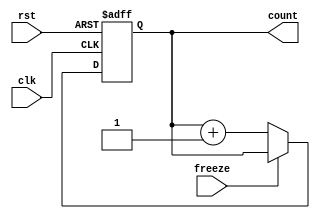
`timescale 1ns / 1ps
//////////////////////////////////////////////////////////////////////////////////
// Company: 
// Engineer: 
// 
// Design Name: 
// Module Name: custom_counter
// Project Name: 
// Target Devices: 
// Tool Versions: 
// Description: 
// 
// Dependencies: 
// 
// Revision:
// Revision 0.01 - File Created
// Additional Comments:
// 
//////////////////////////////////////////////////////////////////////////////////


module custom_counter#(parameter N=32)(input clk, input rst, input freeze,
                                output [N-1:0] count);
  reg [N-1:0] present_count;
  reg [N-1:0] next_count;
  
  always@*begin
    next_count = present_count+1'b1;
  end
  
  always@(posedge clk or negedge rst)begin
    if(~rst)begin
      present_count <= 'b1;
    end
    else if(~freeze) begin
      present_count <= next_count;
    end
  end
  
  assign count = present_count;
endmodule